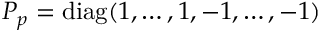
\boldsymbol { P } _ { p } = \operatorname { d i a g } ( 1 , \dots , 1 , - 1 , \dots , - 1 )